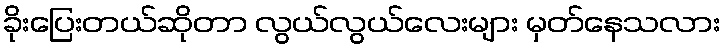
ခိုးပြေးတယ်ဆိုတာ လွယ်လွယ်လေးများ မှတ်နေသလား